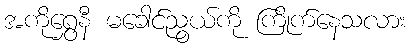
အကိုရွှေနီ မခေါင်ညွယ်ကို ကြိုက်နေသလား